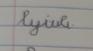
Signature authenticity: forged